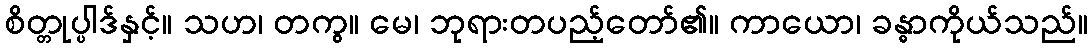
စိတ္တုပ္ပါဒ်နှင့်။ သဟ၊ တကွ။ မေ၊ ဘုရားတပည့်တော်၏။ ကာယော၊ ခန္ဓာကိုယ်သည်။